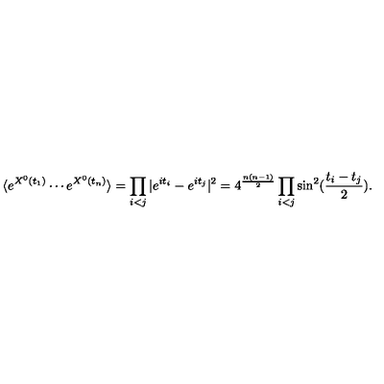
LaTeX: \langle e ^ { X ^ { 0 } ( t _ { 1 } ) } \cdots e ^ { X ^ { 0 } ( t _ { n } ) } \rangle = \prod _ { i < j } | e ^ { i t _ { i } } - e ^ { i t _ { j } } | ^ { 2 } = 4 ^ { \frac { n ( n - 1 ) } { 2 } } \prod _ { i < j } \sin ^ { 2 } ( { \frac { t _ { i } - t _ { j } } { 2 } } ) .